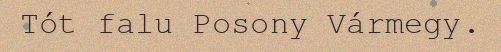
Tót falu Posony Vármegy.